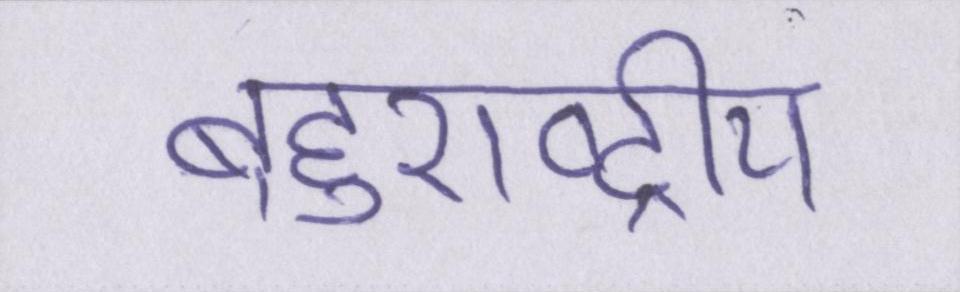
बहुराष्ट्रीय